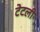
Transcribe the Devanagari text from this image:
टेटली